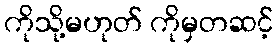
ကိုသို့မဟုတ် ကိုမှတဆင့်